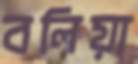
বলিয়া